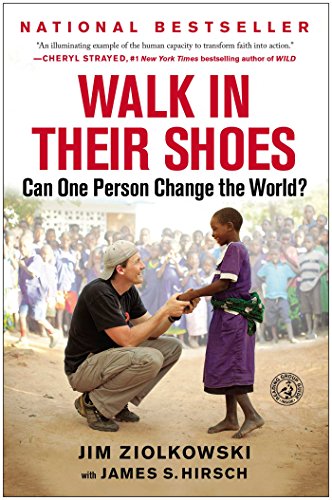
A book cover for Walk in Their Shoes: Can One Person Change the World?; Jim Ziolkowski; Politics & Social Sciences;